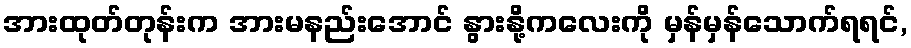
အားထုတ်တုန်းက အားမနည်းအောင် နွားနို့ကလေးကို မှန်မှန်သောက်ရရင်,